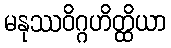
မနုဿဝိဂ္ဂဟိတ္ထိယာ